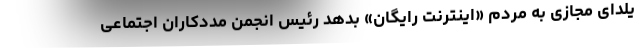
یلدای مجازی به مردم «اینترنت رایگان» بدهد رئیس انجمن مددکاران اجتماعی